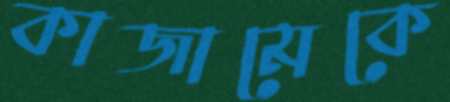
কাজামেকে